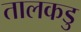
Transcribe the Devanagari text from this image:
तालकडु